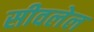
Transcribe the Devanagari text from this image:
सीवलेल